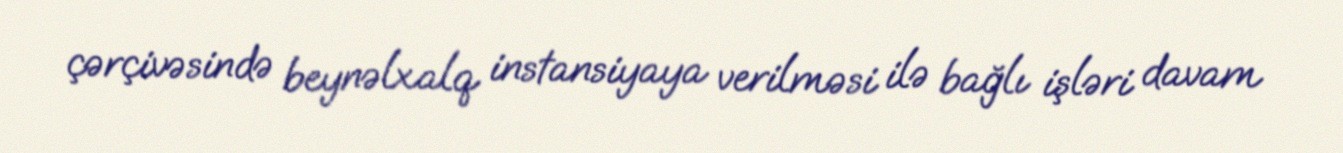
çərçivəsində beynəlxalq instansiyaya verilməsi ilə bağlı işləri davam